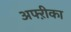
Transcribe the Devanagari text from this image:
अफ्ऱीका